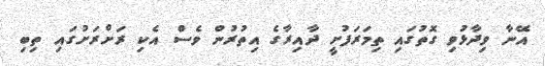
އޭނާ ވިދާޅުވި ގޮތުގައި ތިމަރަފުށީ ދާއިރާގެ އިތުރުން ވެސް އެކި ރަށްރަށުގައި ތިބި